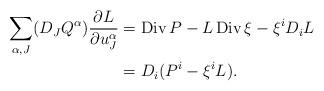
LaTeX: \begin{align*}\begin{aligned}\sum_{\alpha,J}(D_JQ^{\alpha})\frac{\partial L}{\partial u_J^{\alpha}}&=\operatorname{Div}P-L\operatorname{Div}\xi-\xi^iD_iL\\&=D_i(P^i-\xi^iL).\end{aligned}\end{align*}